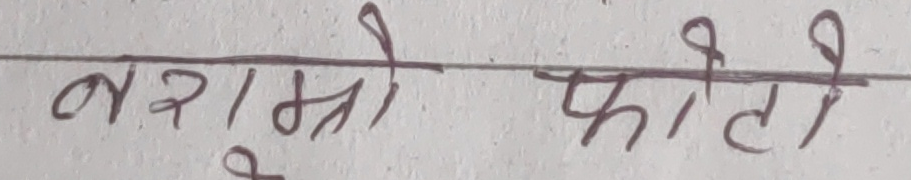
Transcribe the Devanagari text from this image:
बराम्रो फोटो